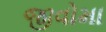
જીવોમા